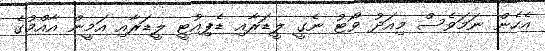
އެހެން ނަމަވެސް މިއަދު ވޯޓު ނެގީ ލީޑަރާއި ޑެޕިއުޓީ ލީޑަރާއި އަމީން އާއްމުގެ